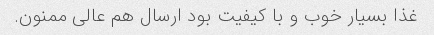
غذا بسیار خوب و با کیفیت بود ارسال هم عالی ممنون.